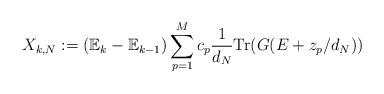
LaTeX: \begin{align*}X_{k,N} := (\mathbb{E}_{k}-\mathbb{E}_{k-1})\sum_{p=1}^{M}c_{p}\frac{1}{d_{N}}\mathrm{Tr}(G(E+z_{p}/d_{N}))\end{align*}